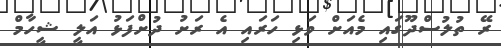
ރޭ ތުލުސްދޫގައި މެއަށް ވަޅި ހަރައި އެ ރަށު ދުށްފަޅު އަލީ ޝީހާމް